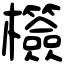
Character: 𣠺